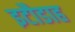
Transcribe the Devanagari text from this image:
इटौडाह